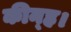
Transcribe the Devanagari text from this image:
कीन्‍ह।